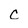
Character: C